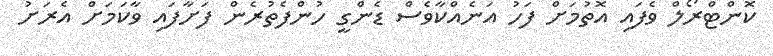
ކޮންޓްރޯލް ވެފައި އޮތުމަށް ފަހު އަނެއްކާވެސް ޑެންގީ ހުންފެތުރެން ފަށާފައި ވާކަމަށް އެރަށު